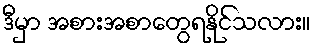
ဒီမှာ အစားအစာတွေရနိုင်သလား။